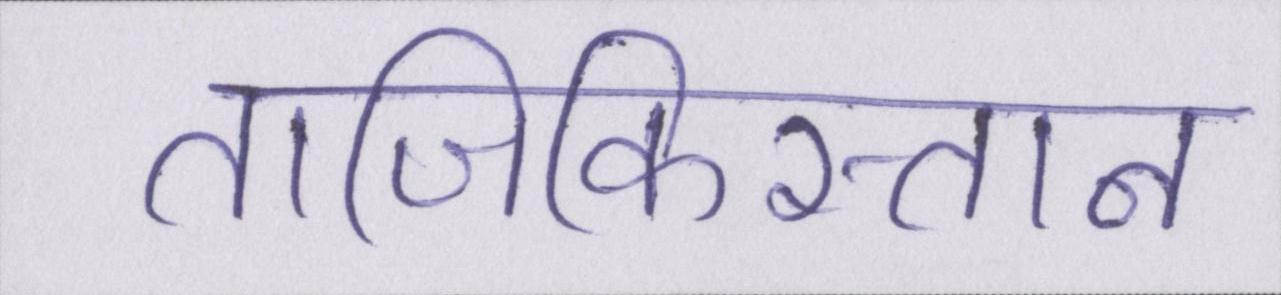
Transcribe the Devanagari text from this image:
ताजिकिस्तान